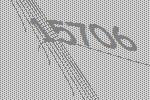
15706